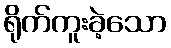
ရိုက်ကူးခဲ့သော